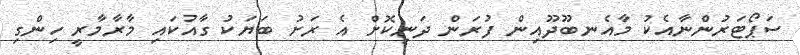
ސަޕޯޓަރުންނާއެކު މާއެނބޫދޫއިން ފުރަން ދަނިކޮށް އެ ރަށު ބަޔަކު ގާއުކައި މާރާމާރީ ހިންގި